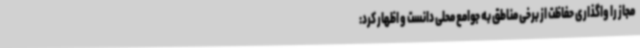
مجاز را واگذاری حفاظت از برخی مناطق به جوامع محلی دانست و اظهار کرد: